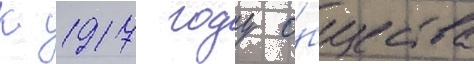
К 1917 году о́бщества